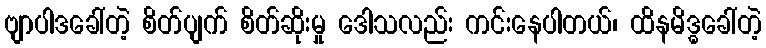
ဗျာပါဒခေါ်တဲ့ စိတ်ပျက် စိတ်ဆိုးမှု ဒေါသလည်း ကင်းနေပါတယ်၊ ထိနမိဒ္ဓခေါ်တဲ့